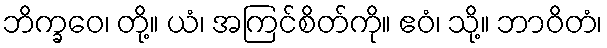
ဘိက္ခဝေ၊ တို့။ ယံ၊ အကြင်စိတ်ကို။ ဧဝံ၊ သို့။ ဘာဝိတံ၊